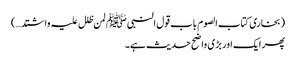
(بخاری کتاب الصوم باب قول النبیﷺ لمن ظلل علیہ واشتد…)
پھر ایک اور بڑی واضح حدیث ہے۔